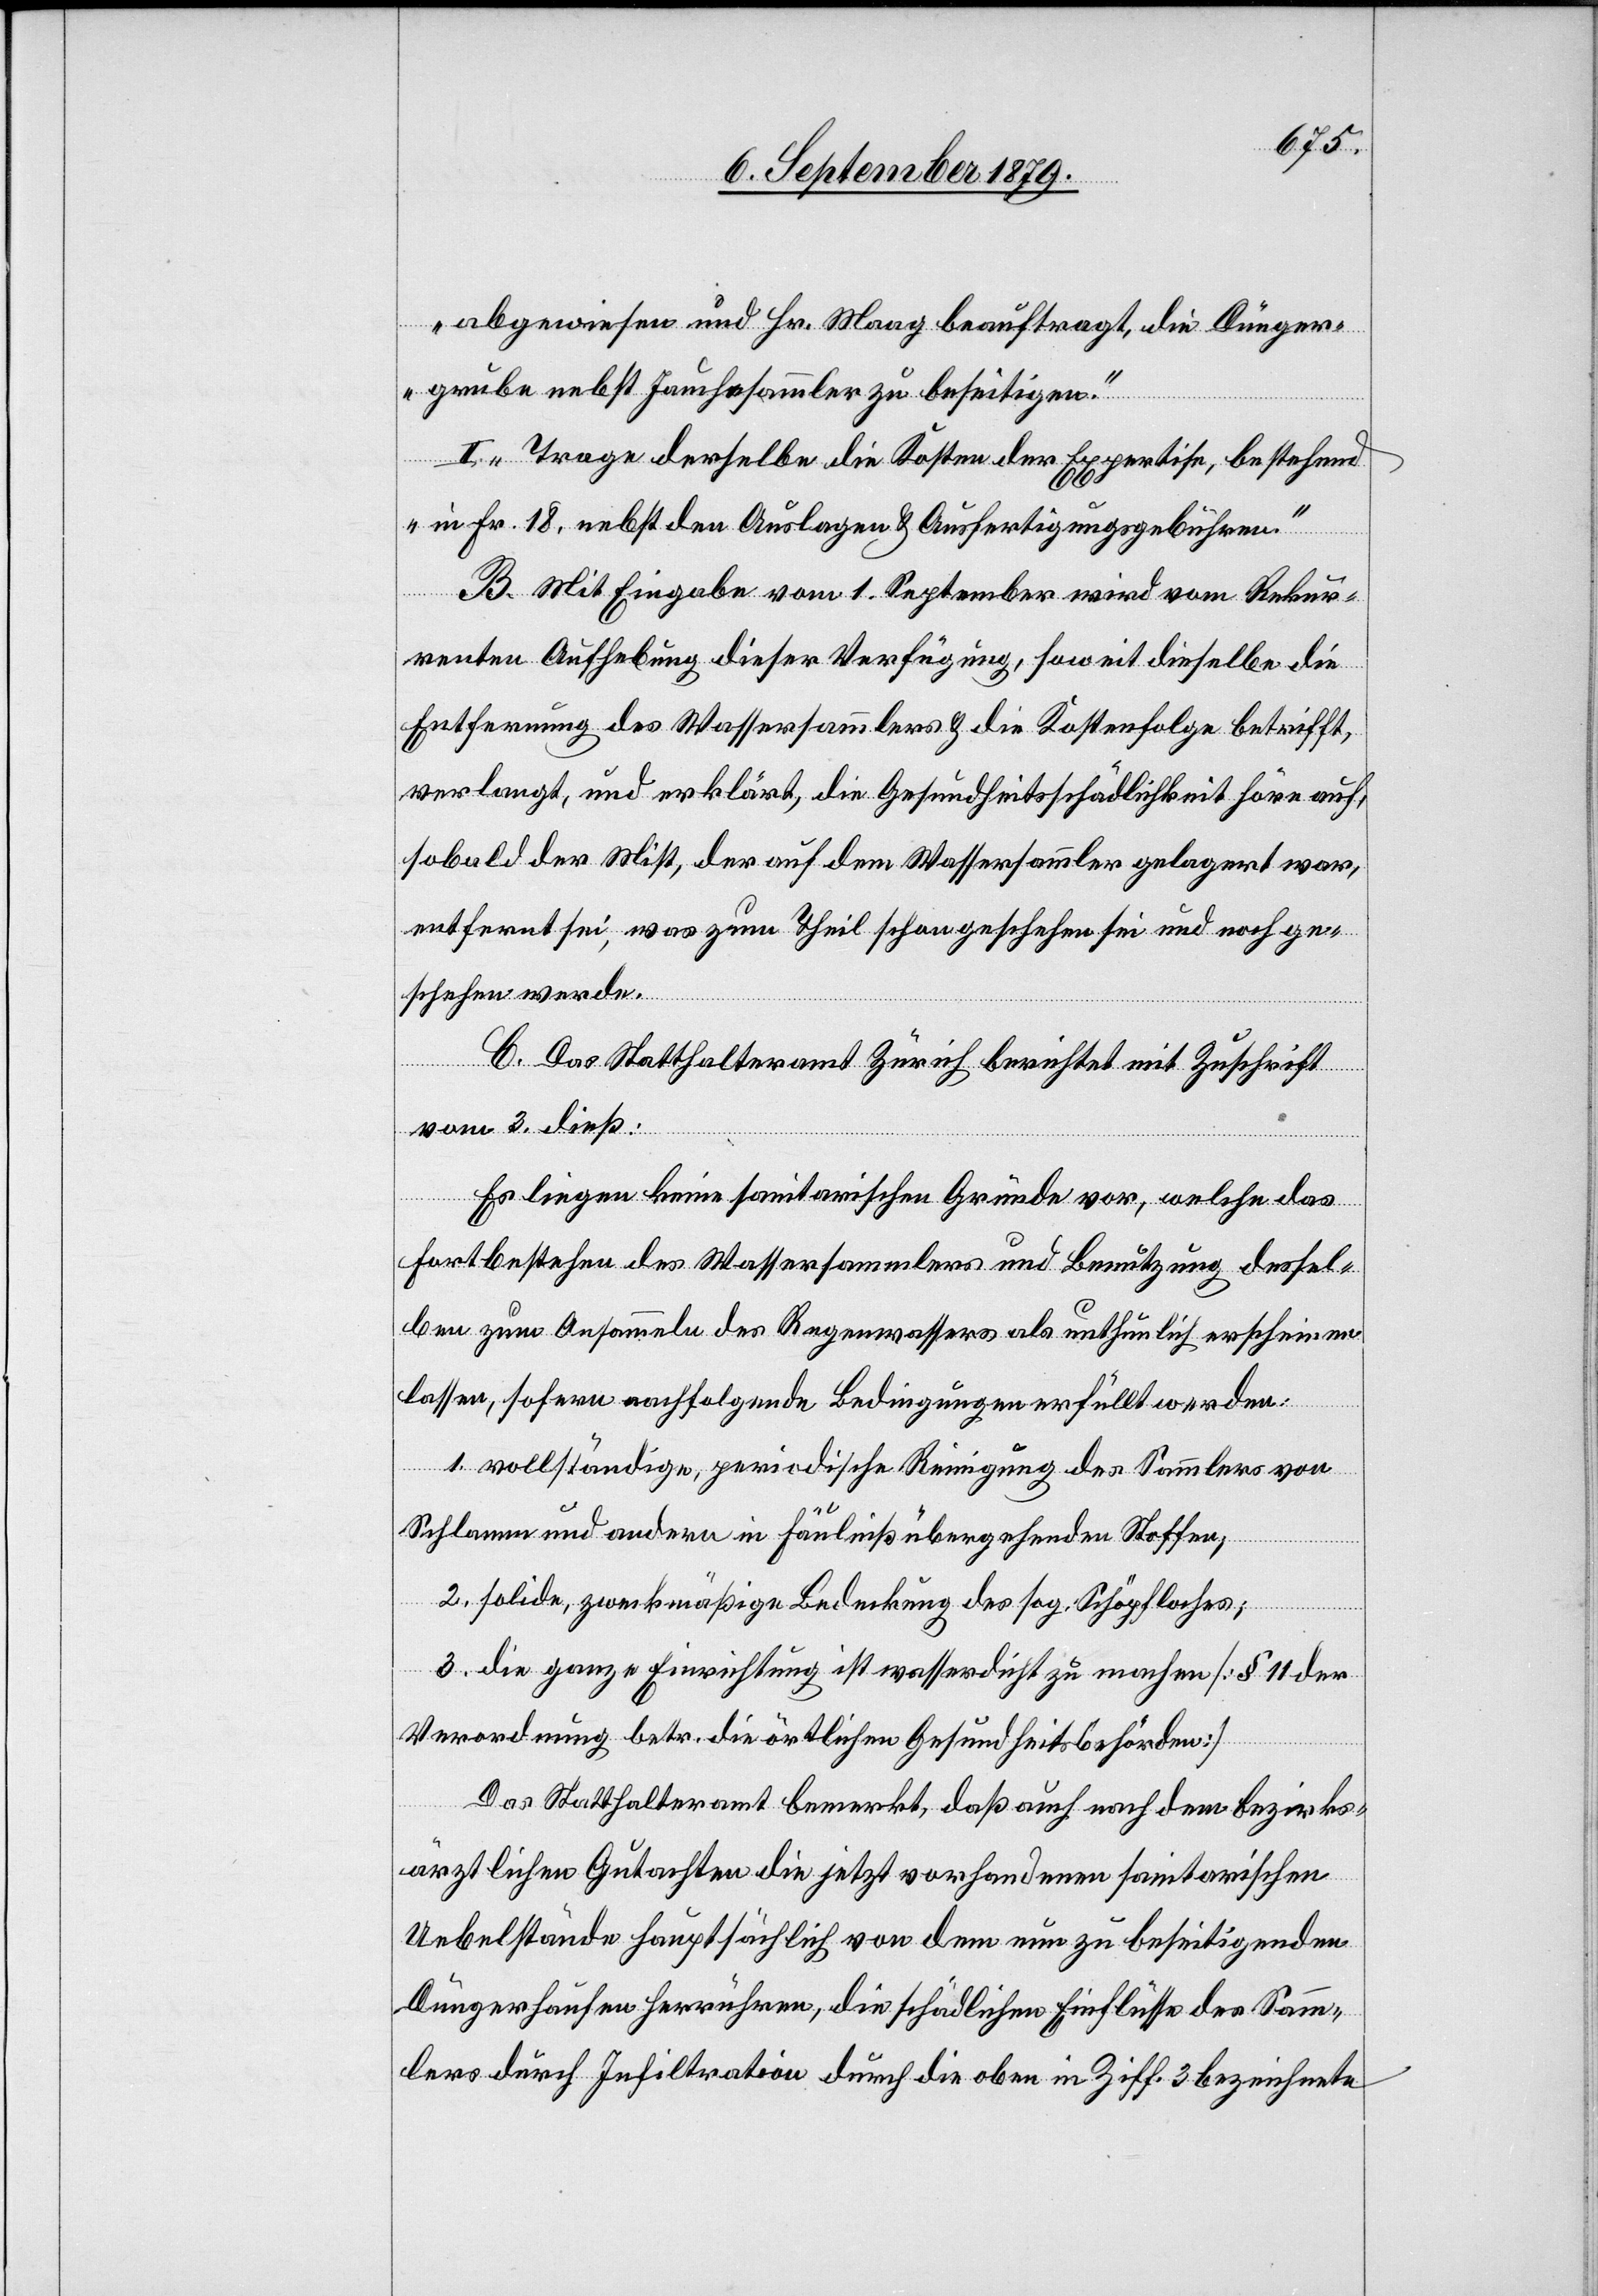
abgewiesen und Hr. Maag beauftragt, die Dünger¬
grube nebst Jauchesammler zu beseitigen.“
II. „Trage derselbe die Kosten der Expertise, bestehend
in Fr. 18, nebst den Auslagen & Ausfertigungsgebühren.“
B. Mit Eingabe vom 1. September wird vom Rekur¬
renten Aufhebung dieser Verfügung, soweit dieselbe die
Entfernung des Wassersammlers & die Kostenfolge betrifft,
verlangt, und erklärt, die Gesundheitsschädlichkeit höre auf,
sobald der Mist, der auf dem Wassersammler gelagert war,
entfernt sei, was zum Theil schon geschehen sei und noch ge¬
schehen werde.
C. Das Statthalteramt Zürich berichtet mit Zuschrift
vom 3. dieß:
Es liegen keine sanitarischen Gründe vor, welche das
Fortbestehen des Wassersammlers und Benutzung dessel¬
ben zum Ansammeln des Regenwassers als unthunlich erscheinen
lassen, sofern nachfolgende Bedingungen erfüllt werden:
1. vollständige, periodische Reinigung des Sammlers von
Schlamm und andern in Fäulniß übergehenden Stoffen,
2. solide, zweckmäßige Bedeckung des sog. Schöpfloches;
3. die ganze Einrichtung ist wasserdicht zu machen [§ 11 der
Verordnung betr. die örtlichen Gesundheitsbehörden].
Das Statthalteramt bemerkt, daß auch nach dem bezirks¬
ärztlichen Gutachten die jetzt vorhandenen sanitarischen
Uebelstände hauptsächlich von dem nun zu beseitigenden
Düngerhaufen herrühren, die schädlichen Einflüsse des Samm¬
lers durch Infiltration durch die oben in Ziff. 3 bezeichnete